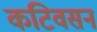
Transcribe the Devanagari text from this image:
कटिवसन